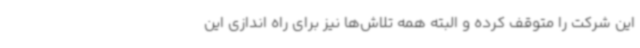
این شرکت را متوقف کرده و البته همه تلاش‌ها نیز برای راه اندازی این